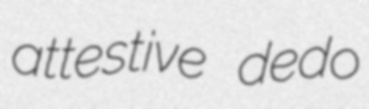
attestive dedo